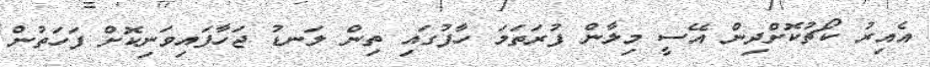
އެއިރު ކޯޗުކޮށްދިން އޭސީ މިލާން ފުރަތަމަ ހާފުގައި ތިން ލަނޑު ޖަހާފައިވަނިކޮށް ފަހަތުން